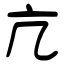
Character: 亢